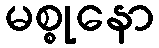
မစ္စုနော